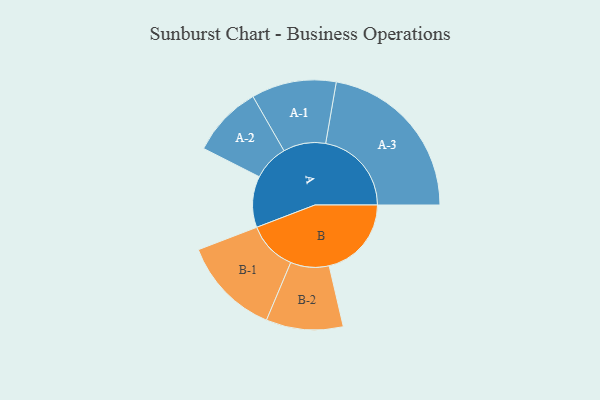
{"axis": {"x": "Segment", "y": "Value"}, "legend": ["", "A", "B"], "data": [{"x": "A", "y": 145, "type": ""}, {"x": "B", "y": 233, "type": ""}, {"x": "A-1", "y": 120, "type": "A"}, {"x": "A-2", "y": 101, "type": "A"}, {"x": "A-3", "y": 243, "type": "A"}, {"x": "B-1", "y": 140, "type": "B"}, {"x": "B-2", "y": 109, "type": "B"}]}